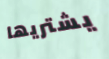
يشتريها